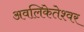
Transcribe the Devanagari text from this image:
अवलिकेतेश्‍वर